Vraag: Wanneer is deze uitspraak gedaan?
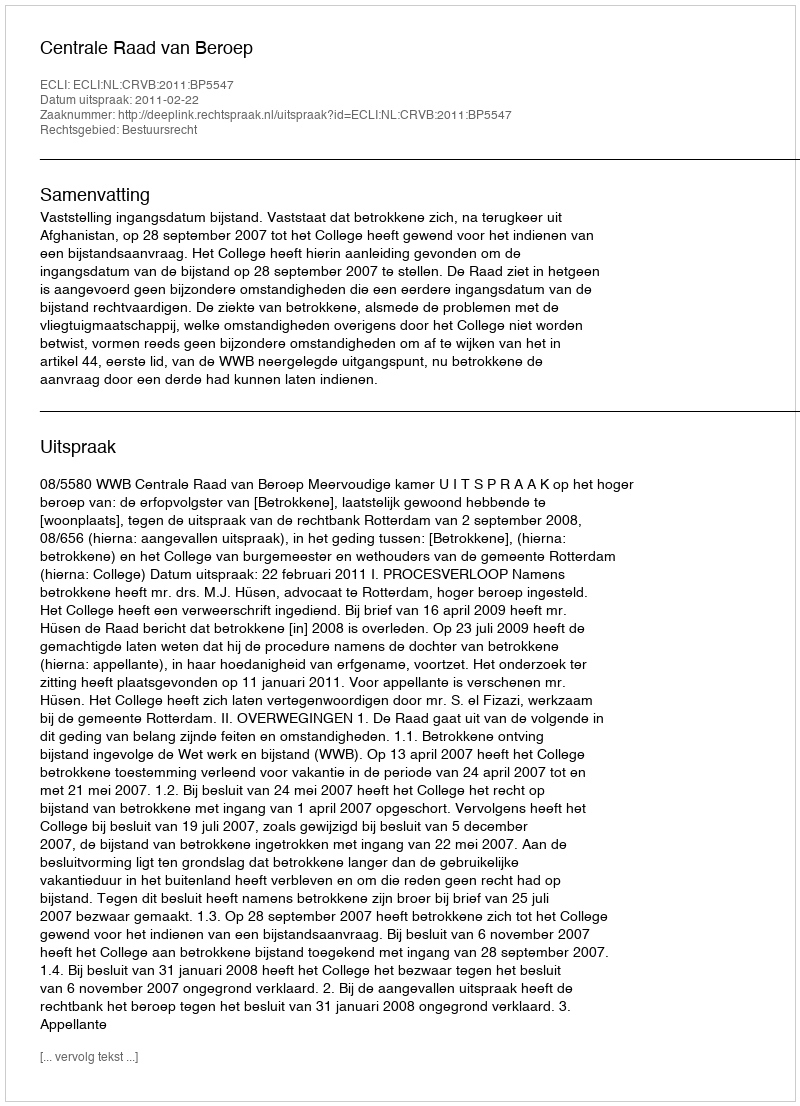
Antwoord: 2011-02-22